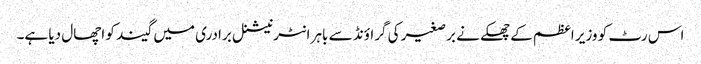
اس رٹ کو وزیر اعظم کے چھکے نے برصغیر کی گراؤنڈ سے باہر انٹرنیشنل برادری میں گیند کو اچھال دیا ہے۔